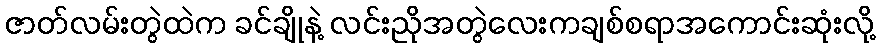
ဇာတ်လမ်းတွဲထဲက ခင်ချိုနဲ့ လင်းညိုအတွဲလေးကချစ်စရာအကောင်းဆုံးလို့